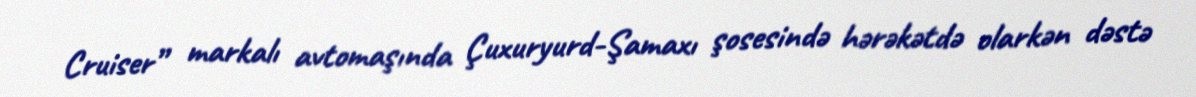
Cruiser” markalı avtomaşında Çuxuryurd-Şamaxı şosesində hərəkətdə olarkən dəstə